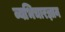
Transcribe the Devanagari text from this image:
व्यभिचारज्ञान